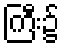
ကြီး၌